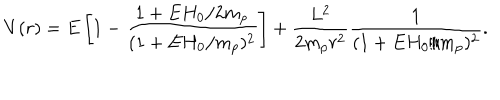
V ( r ) = E \left[ 1 - \frac { 1 + E H _ { 0 } / 2 m _ { p } } { ( 1 + E H _ { 0 } / m _ { p } ) ^ { 2 } } \right] + \frac { L ^ { 2 } } { 2 m _ { p } r ^ { 2 } } \frac { 1 } { ( 1 + E H _ { 0 } / m _ { p } ) ^ { 2 } } .